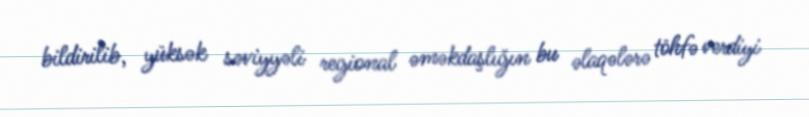
bildirilib, yüksək səviyyəli regional əməkdaşlığın bu əlaqələrə töhfə verdiyi